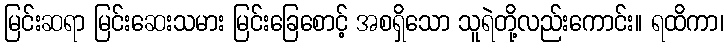
မြင်းဆရာ မြင်းဆေးသမား မြင်းခြေစောင့် အစရှိသော သူရဲတို့လည်းကောင်း။ ရထိကာ၊